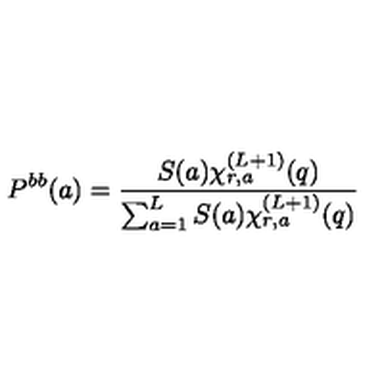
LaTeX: P ^ { b b } ( a ) = \frac { S ( a ) \chi _ { r , a } ^ { ( L + 1 ) } ( q ) } { \sum _ { a = 1 } ^ { L } S ( a ) \chi _ { r , a } ^ { ( L + 1 ) } ( q ) }